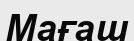
Мағаш